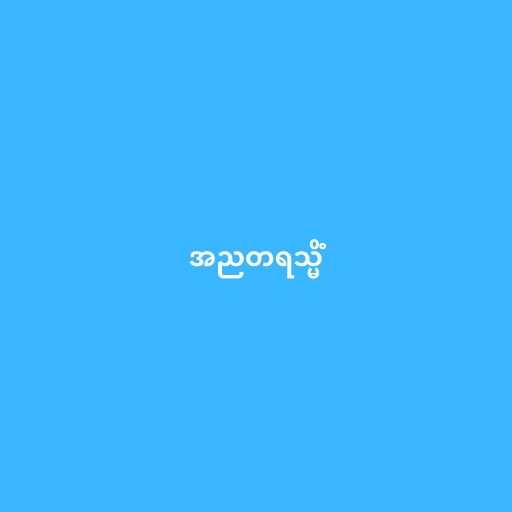
အညတရသ္မိံ